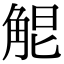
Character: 𧣤